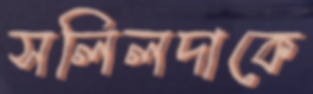
সলিলদাকে